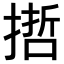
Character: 𢲃